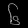
Digit: ၆